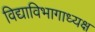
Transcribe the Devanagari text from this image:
विद्याविभागाध्यक्ष